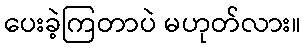
ပေးခဲ့ကြတာပဲ မဟုတ်လား။